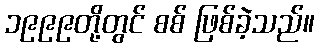
၁၉၉၉တို့တွင် စစ် ဖြစ်ခဲ့သည်။